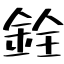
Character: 銓